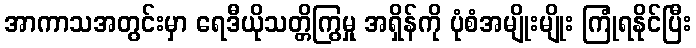
အာကာသအတွင်းမှာ ရေဒီယိုသတ္တိကြွမှု အရှိန်ကို ပုံစံအမျိုးမျိုး ကြုံရနိုင်ပြီး